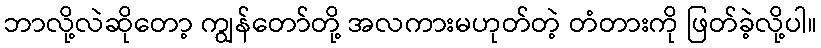
ဘာလို့လဲဆိုတော့ ကျွန်တော်တို့ အလကားမဟုတ်တဲ့ တံတားကို ဖြတ်ခဲ့လို့ပါ။